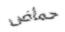
حماض